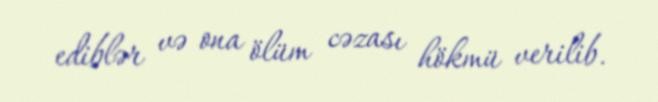
ediblər və ona ölüm cəzası hökmü verilib.